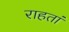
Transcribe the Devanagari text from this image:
राहतां